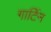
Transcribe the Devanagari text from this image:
गार्टिन